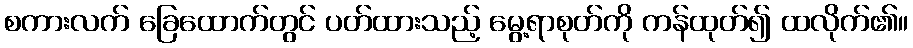
စကားလက် ခြေထောက်တွင် ပတ်ထားသည့် မွေ့ရာစုတ်ကို ကန်ထုတ်၍ ထလိုက်၏။